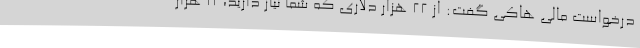
درخواست مالی هاکی گفت: از 22 هزار دلاری که شما نیاز دارید، 11 هزار